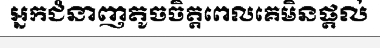
អ្នកជំនាញតូចចិត្តពេលគេមិនផ្តល់